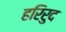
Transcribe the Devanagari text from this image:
हरिरुद